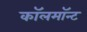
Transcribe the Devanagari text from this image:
कॉलमॉन्ट